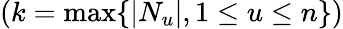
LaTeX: \left(k=\operatorname*{max}\{ |N_{u}|,1\le u\le n\} \right)